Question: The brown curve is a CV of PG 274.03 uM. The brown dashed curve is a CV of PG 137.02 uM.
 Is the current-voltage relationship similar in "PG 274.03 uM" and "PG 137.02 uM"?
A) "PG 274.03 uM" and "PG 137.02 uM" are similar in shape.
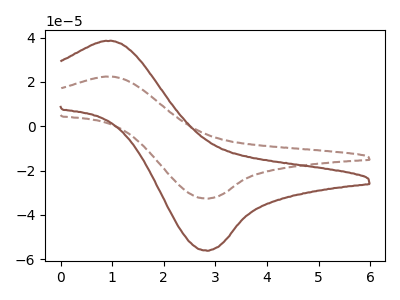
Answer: <think>The brown curve "PG 274.03 uM" has an anodic peak at (1.00V, 38.45uA) and a cathodic peak at (2.85V, -56.15uA). The brown dashed curve "PG 137.02 uM" has an anodic peak at (1.00V, 22.35uA) and a cathodic peak at (2.85V, -32.65uA).
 All the peaks in "PG 274.03 uM" have a peak in "PG 137.02 uM" at the same potential. Every peak in "PG 274.03 uM" is higher than every peak in "PG 137.02 uM".</think>
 <answer>A) "PG 274.03 uM" and "PG 137.02 uM" are similar in shape.</answer>
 <eval>A</eval>